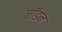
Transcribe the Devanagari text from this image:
जॉडन